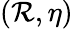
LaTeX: (\mathcal{R},\eta)